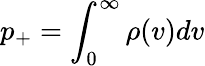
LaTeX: p_{+}=\int_{0}^{\infty}\rho(v)dv